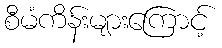
စီမံကိန်းများကြောင့်